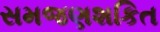
સમજણશકિત